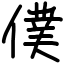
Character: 僕